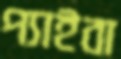
প্যাইবা